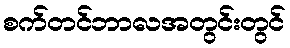
စက်တင်ဘာလအတွင်းတွင်